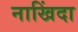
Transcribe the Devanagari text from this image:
नाखिंदा